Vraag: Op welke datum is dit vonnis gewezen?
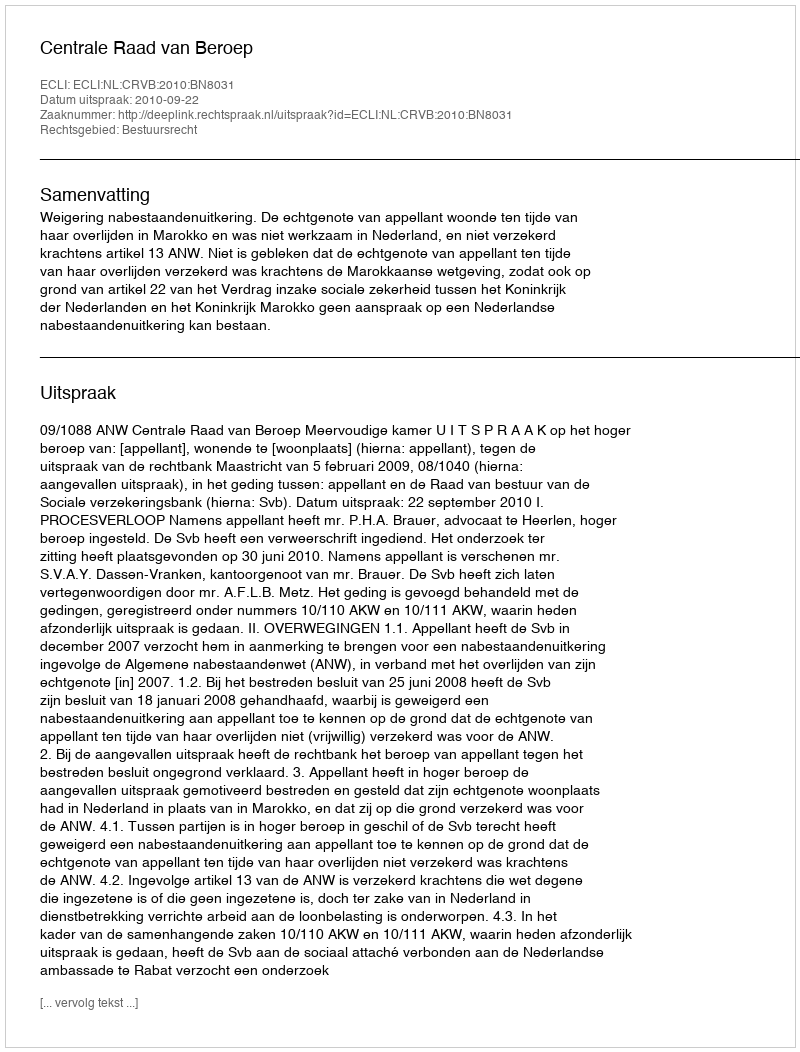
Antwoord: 2010-09-22